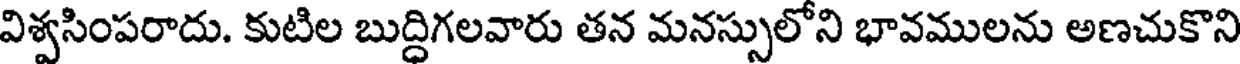
విశ్వసింపరాదు. కుటిల బుద్ధిగలవారు తన మనస్సులోని భావములను అణచుకొని